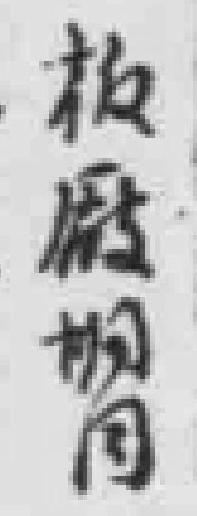
板*期同